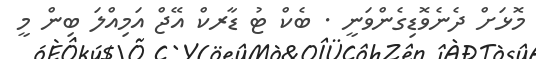
މޮޅަށް ދެނެވޮޑިގެންވަނީ . ބެކް ޓު ޑާރކް އޭޖް އަމިއްލަ ބިން މީ